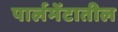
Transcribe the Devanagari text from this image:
पार्लमेंटातील